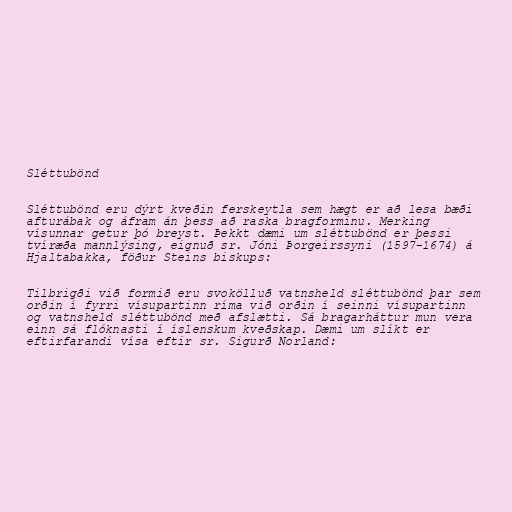
Sléttubönd

Sléttubönd eru dýrt kveðin ferskeytla sem hægt er að lesa bæði
afturábak og áfram án þess að raska bragforminu. Merking
vísunnar getur þó breyst. Þekkt dæmi um sléttubönd er þessi
tvíræða mannlýsing, eignuð sr. Jóni Þorgeirssyni (1597-1674) á
Hjaltabakka, föður Steins biskups:

Tilbrigði við formið eru svokölluð vatnsheld sléttubönd þar sem
orðin í fyrri vísupartinn ríma við orðin í seinni vísupartinn
og vatnsheld sléttubönd með afslætti. Sá bragarháttur mun vera
einn sá flóknasti í íslenskum kveðskap. Dæmi um slíkt er
eftirfarandi vísa eftir sr. Sigurð Norland: